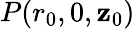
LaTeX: P(r_{0},0,\mathbf{z}_{0})